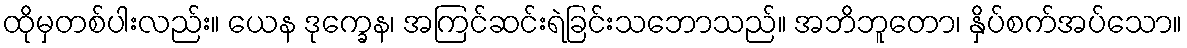
ထိုမှတစ်ပါးလည်း။ ယေန ဒုက္ခေန၊ အကြင်ဆင်းရဲခြင်းသဘောသည်။ အဘိဘူတော၊ နှိပ်စက်အပ်သော။